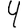
Digit: 4